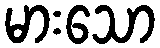
မားသော